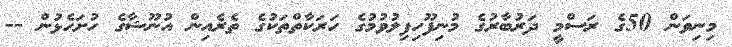
މިނިވަން 50ގެ ރަސްމީ ދަރުބާރުގެ މުނިފޫހިފިލުވުމުގެ ހަރަކާތްތަކުގެ ތެރެއިން އުނޫޝާގެ ހުށަހެޅުން --